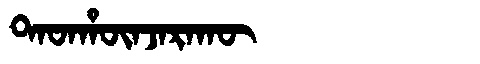
Manchu: ᡨᠠᡨᡥᡡᠨᠵᠠᡵᠠᡴᡡ
Romanization: TATHŪNJARAKŪ